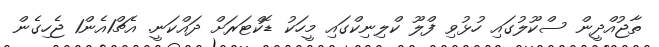
ތާޖުއްދީން ސްކޫލުގައި ހުޅުވި ފްލޫ ކްލިނިކްގައި މީހަކު ޑޮކްޓަރަށް ދައްކަނީ. އެޗް1އެން1 ޖެހިގެން